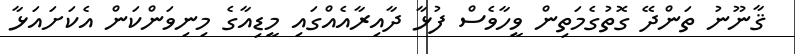
ޤާނޫނު ތަންދޭ ގޮތުގެމަތިން ވީހާވެސް ފުޅާ ދާއިރާއެއްގައި މީޑިއާގެ މިނިވަންކަން އެކަށައަޅާ